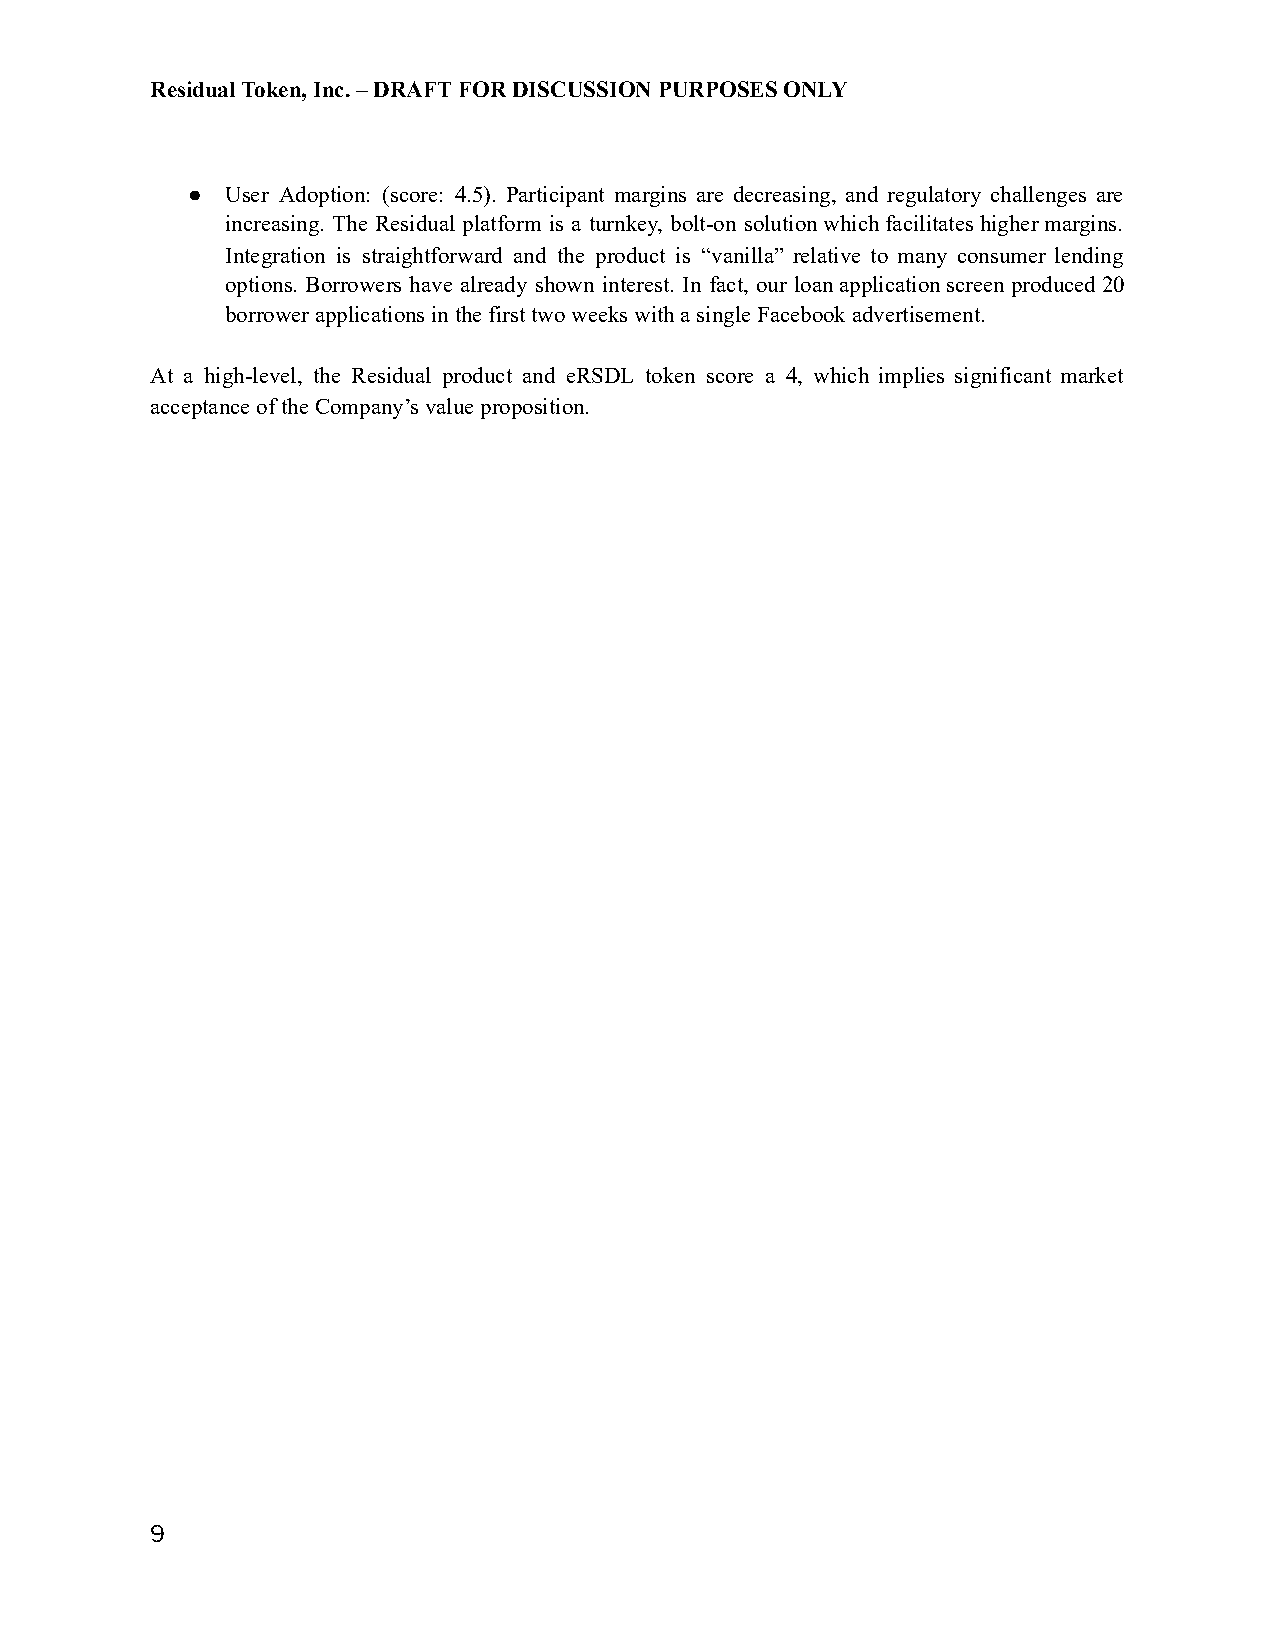
Residual Token, Inc. – DRAFT FOR DISCUSSION PURPOSES ONLY
 ●  User Adoption: (score: 4.5). Participant margins are decreasing, and regulatory challenges are
 increasing. The Residual platform is a turnkey, bolt-on solution which facilitates higher margins.
 Integration is straightforward and the product is “vanilla” relative to many consumer lending
 options. Borrowers have already shown interest. In fact, our loan application screen produced 20
 borrower applications in the first two weeks with a single Facebook advertisement.
 At a high-level, the Residual product and eRSDL token score a 4, which implies significant market
 acceptance of the Company’s value proposition.
 9